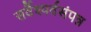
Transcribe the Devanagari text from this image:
सर्वैश्यर्वसंपन्न